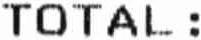
TOTAL :